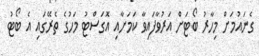
ގެނައުމަށް މިހާރު ބޯޓަށް އަރުވާފައިވާ ކަމަށާއި އޮގަސްޓު މަހުގެ ތެރޭގައި އެ ބޯޓު